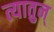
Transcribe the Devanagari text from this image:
त्यातुन्